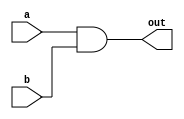
`timescale 1ns / 1ps
//////////////////////////////////////////////////////////////////////////////////
// Company:
// Engineer:
//
// Design Name:
// Module Name:    Q2_st
// Project Name:
// Target Devices:
// Tool versions:
// Description:
//
// Dependencies:
//
// Revision:
// Revision 0.01 - File Created
// Additional Comments:
//
//////////////////////////////////////////////////////////////////////////////////
module andop(
    input [31:0] a,
    input [31:0] b ,
    output [31:0] out
    );

    //This is the behavioural version.
    assign out = a & b;
    //and ab (t1, a, b);


endmodule